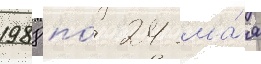
1988 по́ 24 ма́я